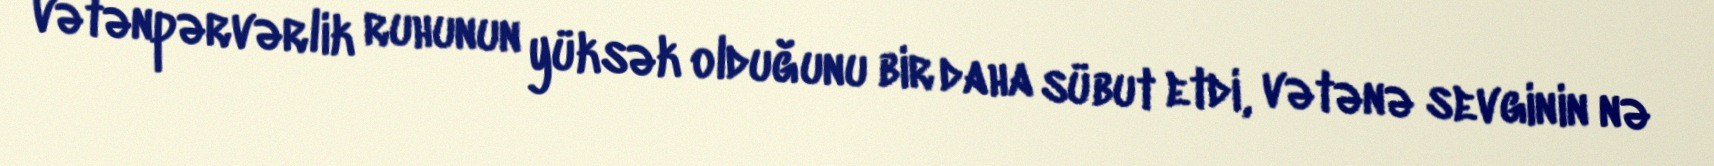
vətənpərvərlik ruhunun yüksək olduğunu bir daha sübut etdi, vətənə sevginin nə